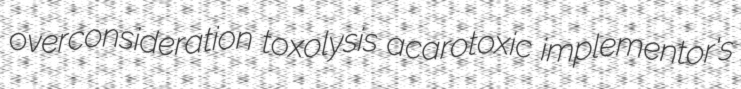
overconsideration toxolysis acarotoxic implementor's